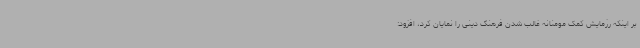
بر اینکه رزمایش کمک مومنانه غالب شدن فرهنگ دینی را نمایان کرد، افزود: